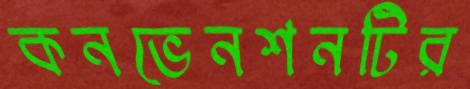
কনভেনশনটির